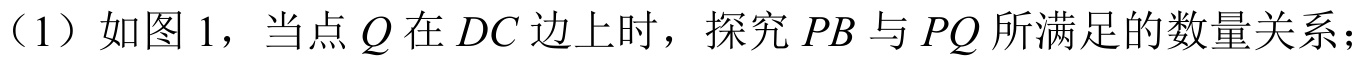
（1）如图 1，当点 \(Q\) 在 \(DC\) 边上时，探究 \(PB\) 与 \(PQ\) 所满足的数量关系；